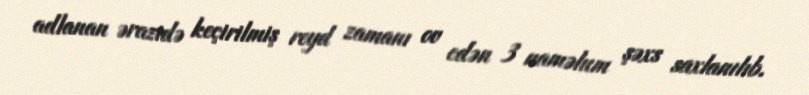
adlanan ərazidə keçirilmiş reyd zamanı ov edən 3 naməlum şəxs saxlanılıb.